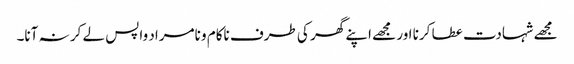
مجھے شہادت عطا کرنا اور مجھے اپنے گھر کی طرف ناکام و نامراد واپس لے کر نہ آنا۔